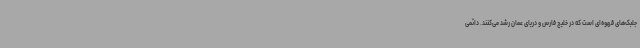
جلبک‌های قهوه‌ای است که در خلیج فارس و دریای عمان رشد می‌کنند. دائمی